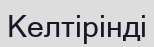
Келтірінді